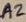
Text: A2